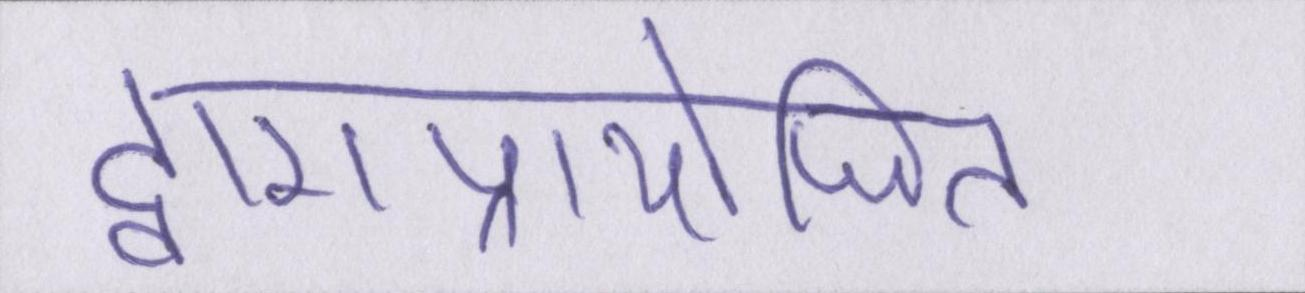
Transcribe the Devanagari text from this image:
द्वाराप्रायोजित